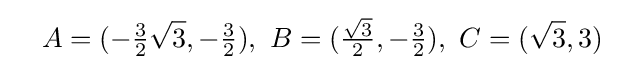
\quad A=(-{\tfrac {3}{2}}{\sqrt {3}},-{\tfrac {3}{2}}),\ B=({\tfrac {\sqrt {3}}{2}},-{\tfrac {3}{2}}),\ C=({\sqrt {3}},3)\quad